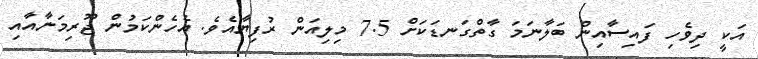
އަކީ ދިވެހި ފައިސާއިން ބަލާނަމަ ގާތްގަނޑަކަށް 7.5 މިލިއަން ރުފިޔާއެވެ. އެހެންކަމުން ޖޫރިމަނާއާއި